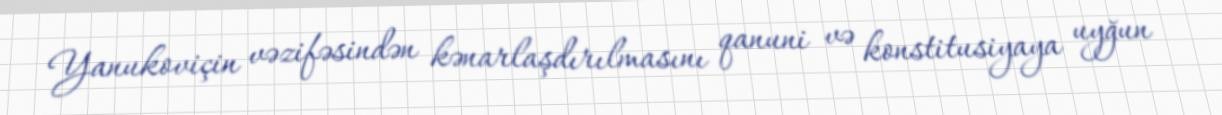
Yanukoviçin vəzifəsindən kənarlaşdırılmasını qanuni və konstitusiyaya uyğun